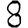
Digit: 8